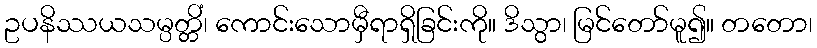
ဥပနိဿယသမ္ပတ္တိံ၊ ကောင်းသောမှီရာရှိခြင်းကို။ ဒိသွာ၊ မြင်တော်မူ၍။ တတော၊